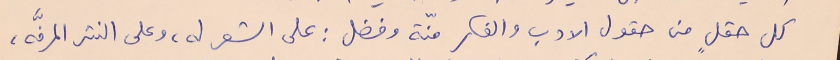
كل حقلٍ من حقول الادب والفكر منّة وفضل : على الشعر له، وعلى النثر المرفَّه،